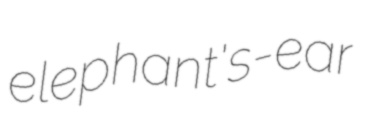
elephant's-ear